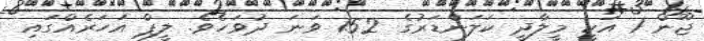
ޖޫން 1 އަކީ މީލާދީ ކަލަންޑަރުގެ 152 ވަނަ ދުވަހެވެ. ލީޕް އަހަރެއްގައި